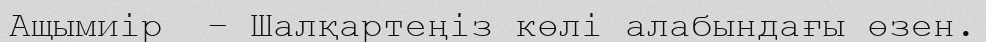
Ащымиір  – Шалқартеңіз көлі алабындағы өзен.